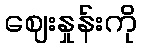
ဈေးနှုန်းကို